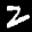
Label: 2